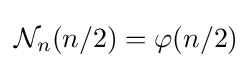
{\mathcal {N}}_{n}(n/2)=\varphi (n/2)